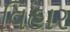
વિહાર